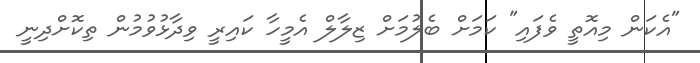
"އެކަން މިއޮތީ ވެފައި" ކަމަށް ބެލުމަށް ޒިލާލް އެމީހާ ކައިރީ ވިދާޅުވުމުން ތިކޮށްދިނީ